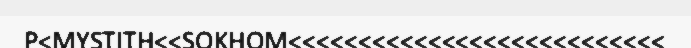
P<MYSTITH<<SOKHOM<<<<<<<<<<<<<<<<<<<<<<<<<<<